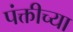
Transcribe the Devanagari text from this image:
पंक्तीच्या